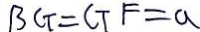
B G = G F = a